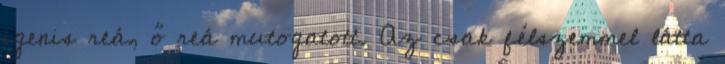
igenis reá, ő reá mutogatott. Az csak félszemmel látta